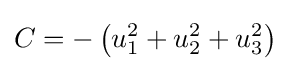
C=-\left(u_{1}^{2}+u_{2}^{2}+u_{3}^{2}\right)